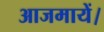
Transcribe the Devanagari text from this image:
आजमायें।